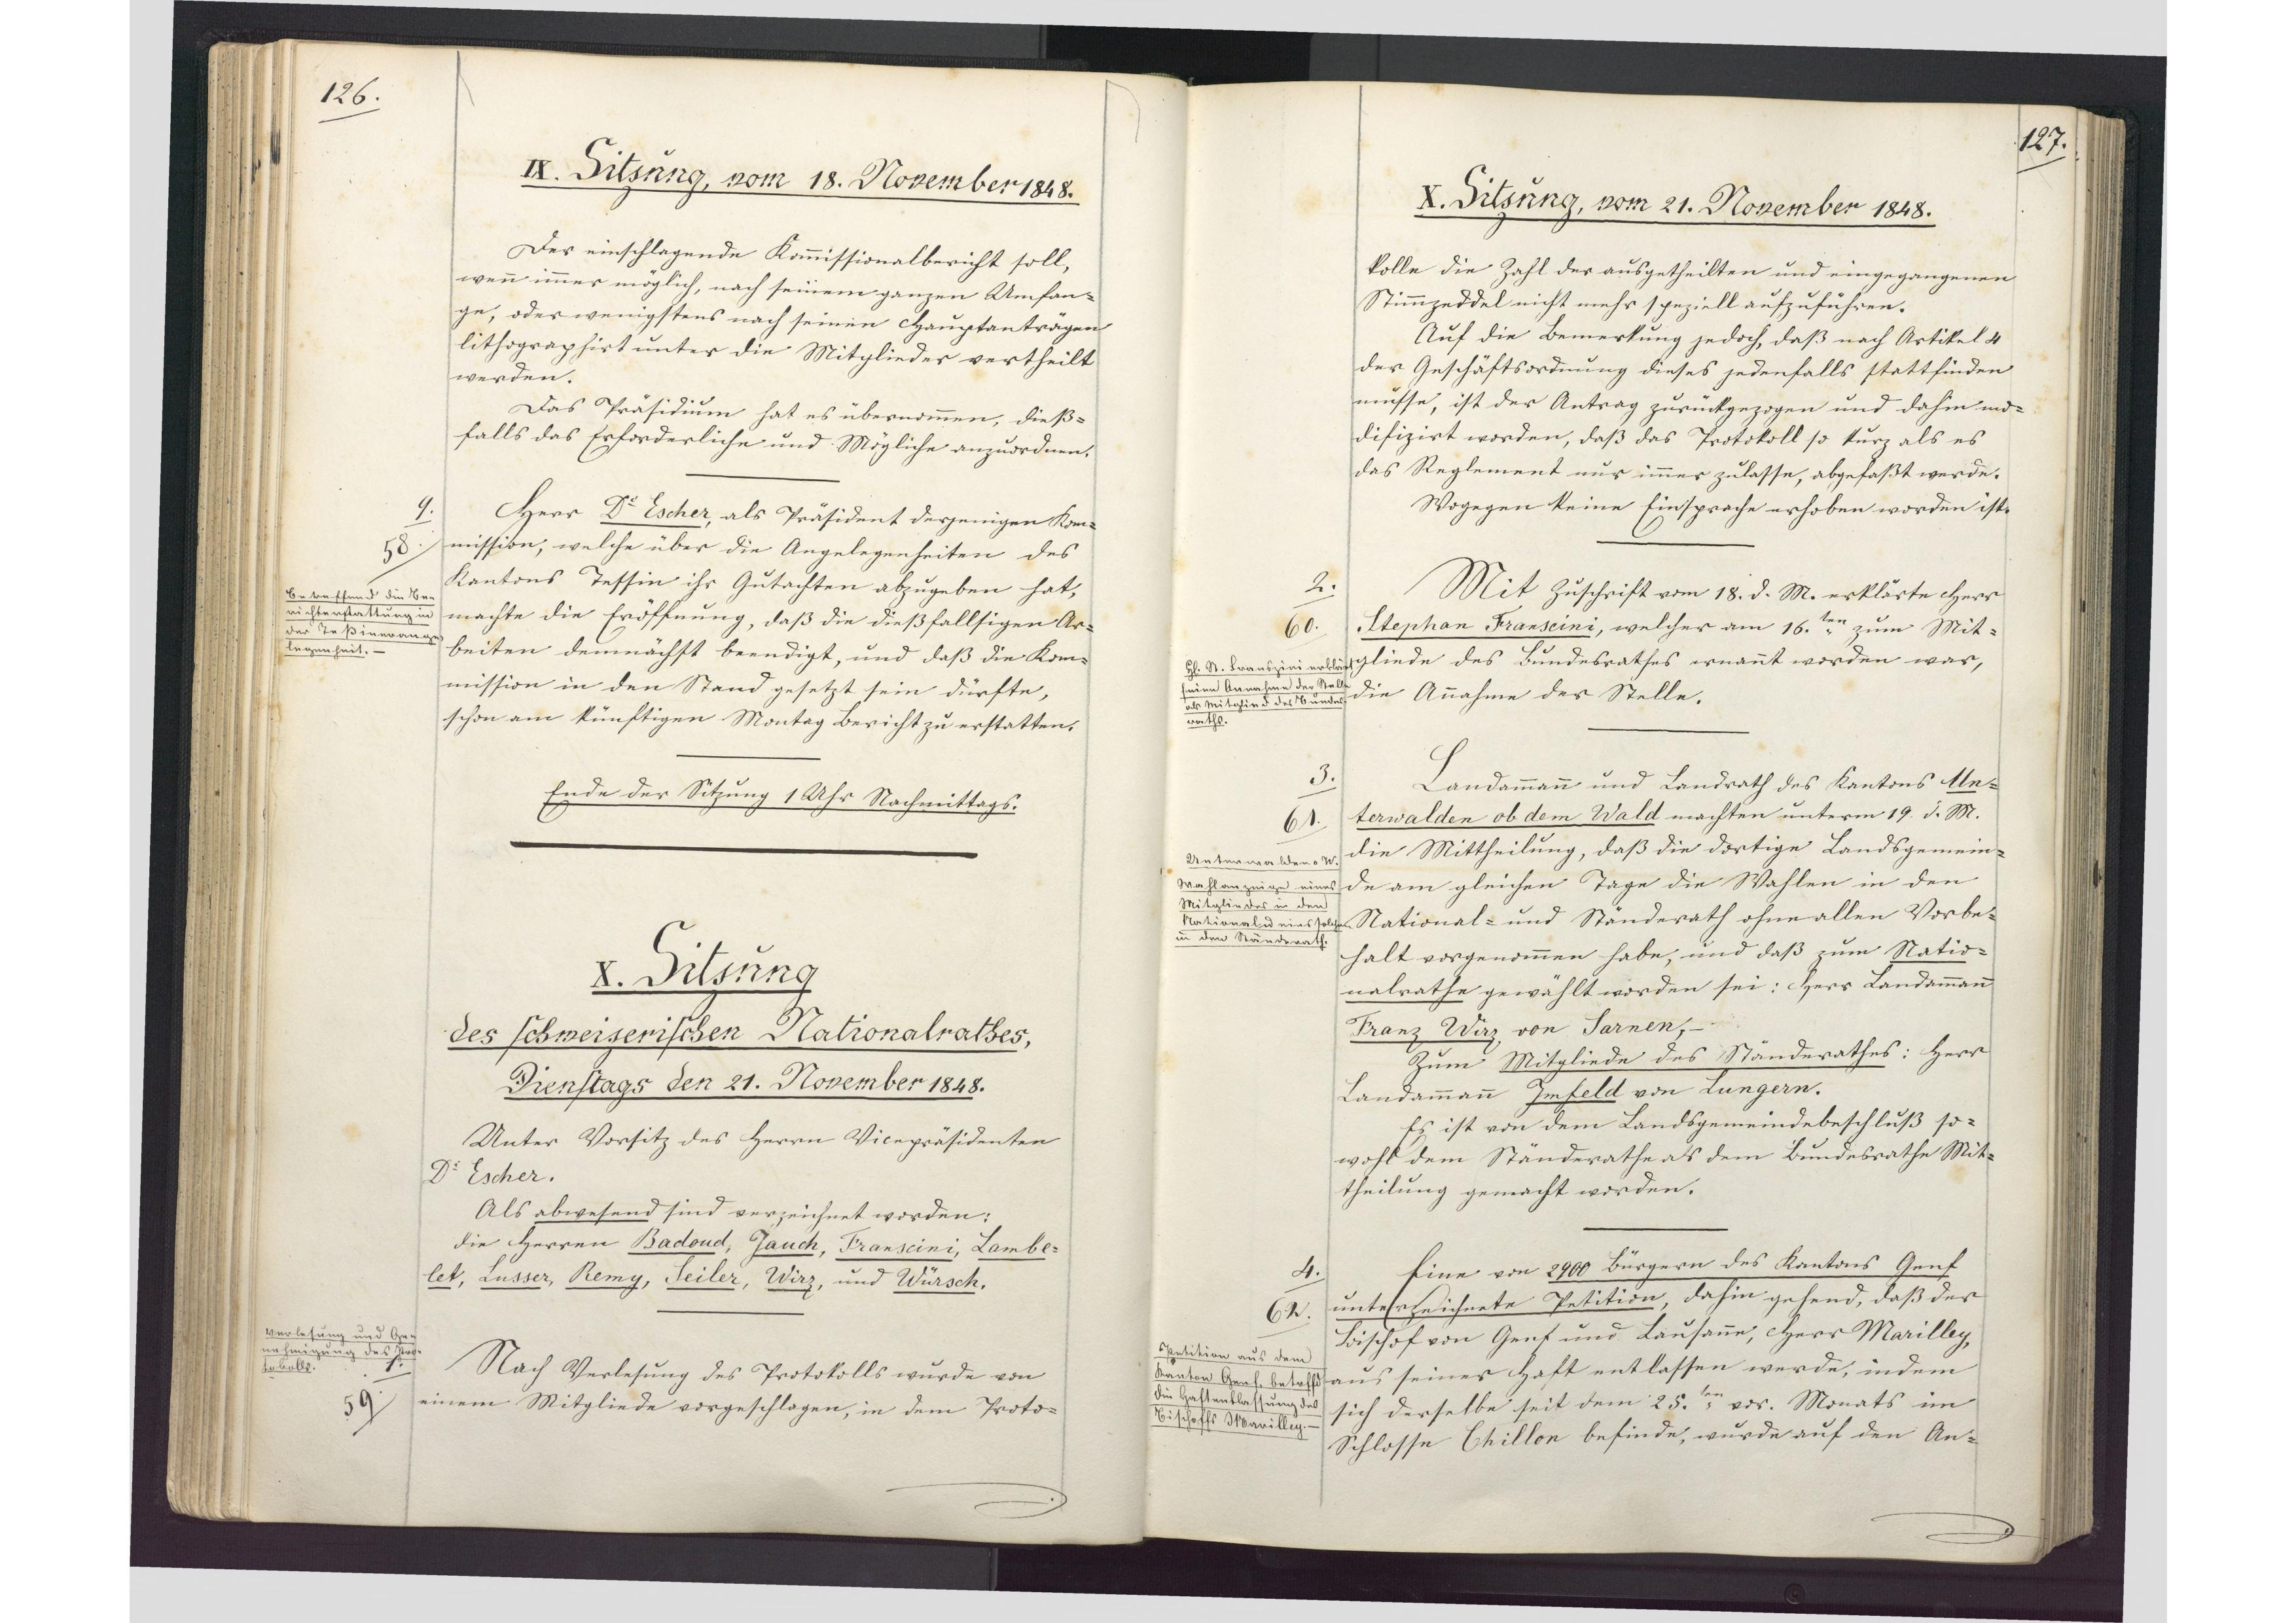
126.

X. Sitzung
des schweizerischen Nationalrathes,
Dienstags den 21. November 1848.

Unter Vorsitz des Herrn Vicepräsidenten
Dr. Escher.
Als abwesend sind verzeichnet worden:
die Herren Badoud, Jauch, Franscini, Lambe¬
let, Lusser, Remy, Seiler, Wirz, und Würsch.
Nach Verlesung des Protokolls wurde von
einem Mitgliede vorgeschlagen, in dem Proto¬

Verlesung und Ge¬
nehmigung des Pro¬
tokolls.
1.
59

127.

X. Sitzung, vom 21. November 1848.

kolle die Zahl der ausgetheilten und eingegangenen
Stimmzeddel nicht mehr speziell aufzuführen.
Auf die Bemerkung jedoch, daß nach Artikel 4
der Geschäftsordnung dieses jedenfalls stattfinden
müsse, ist der Antrag zurückgezogen und dahin mo¬
difizirt worden, daß das Protokoll so kurz als es
das Reglement nur immer zulasse, abgefaßt werde.
Wogegen keine Einsprache erhoben worden ist.
Mit Zuschrift vom 18. d. M. erklärte Herr
Stephan Franscini, welcher am 16.ten zum Mit¬
gliede des Bundesrathes ernannt worden war,
die Annahme der Stelle.
Landamman und Landrath des Kantons Un¬
terwalden ob dem Wald machten unterm 19. d. M.
die Mittheilung, daß die dortige Landsgemein¬
de am gleichen Tage die Wahlen in den
National- und Ständerath ohne allen Vorbe¬
halt vorgenommen habe, und daß zum Natio¬
nalrathe gewählt worden sei: Herr Landammann
Franz Wirz, von Sarnen,-
Zum Mitgliede des Ständerathes: Herr
Landammann Imfeld von Lungern.
Es ist von dem Landsgemeindebeschluß so¬
wohl dem Ständerathe als dem Bundesrathe Mit¬
theilung gemacht worden.
Eine von 2900 Bürgern des Kantons Genf
unterzeichnete Petition, dahin gehend, dass der
Bischof von Genf und Lausanne, Herr Marilley,
aus seiner Haft entlassen werde, indem
sich derselbe seit dem 25.ten vor. Monats im
Schlosse Chillon befinde, wurde auf den An¬

2.
60
H. St. Franszini erklärt
seine Annahme der Stelle
als Mitglied des Bundes¬
raths.

3.
61
Unterwalden o W
Wahlanzeige eines
Mitgliedes in den
National und eines solchen
in den Ständerath.

4.
62
Petition aus dem
Kanton Genf betreffend
die Haftentlassung des
Bischoffs Marilley.